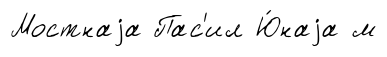
Мостнаjа Пас'ил Ю́наjа м